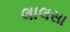
લાલસા